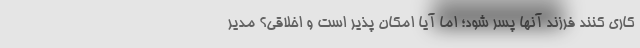
کاری کنند فرزند آنها پسر شود؛ اما آیا امکان پذیر است و اخلاقی؟ مدیر